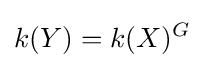
k(Y)=k(X)^{G}